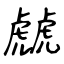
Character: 虤